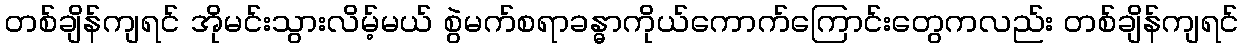
တစ်ချိန်ကျရင် အိုမင်းသွားလိမ့်မယ် စွဲမက်စရာခန္ဓာကိုယ်ကောက်ကြောင်းတွေကလည်း တစ်ချိန်ကျရင်